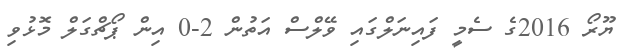
ޔޫރޯ 2016ގެ ސެމީ ފައިނަލްގައި ވޭލްސް އަތުން 2-0 އިން ޕޯޗްގަލް މޮޅުވި